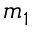
m _ { 1 }